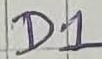
Text: D1